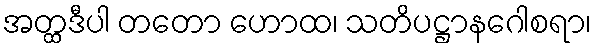
အတ္ထဒီပါ တတော ဟောထ၊ သတိပဋ္ဌာနဂေါစရာ၊